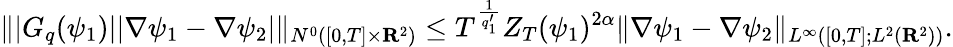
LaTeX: \| |G_{q}(\psi_{1})||\nabla\psi_{1}-\nabla\psi_{2}|\| _{N^{0}([0,T]\times{\mathbf R}^{2})}\leq T^{\frac{1}{q_{1}^{\prime}}}Z_{T}(\psi_{1})^{2\alpha}\| \nabla\psi_{1}-\nabla\psi_{2}\| _{L^{\infty}([0,T];L^{2}({\mathbf R}^{2}))}.